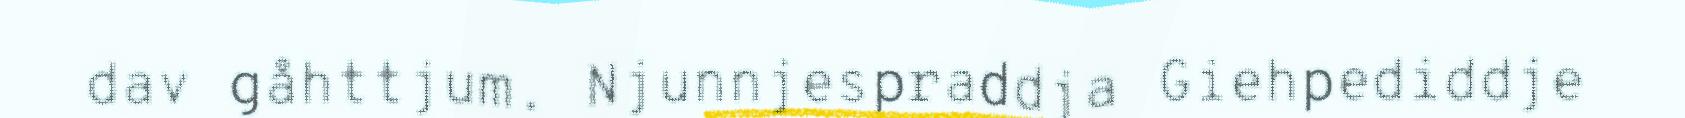
dav gåhttjum. Njunnjespraddja Giehpediddje